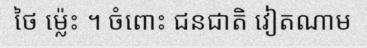
ថៃ ម្ល៉េះ ។ ចំពោះ ជនជាតិ វៀតណាម